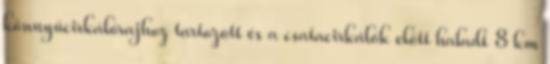
könnyűcirkálórajhoz tartozott és a csatacirkálók előtt haladt 8 km